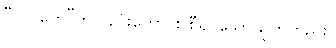
“ဝုလှတေ”ဟုလည်းကောင်း စီရင်သောသုတ်တည်း။